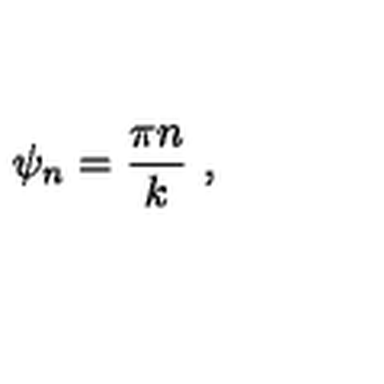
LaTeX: \psi _ { n } = { \frac { \pi n } { k } } \ ,